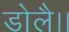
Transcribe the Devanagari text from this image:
डोलै।।